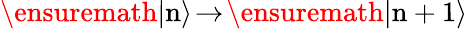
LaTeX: \ensuremath{\left|{\mathrm{n}}\right\rangle}\! \rightarrow\! \ensuremath{\left|{\mathrm{n+1}}\right\rangle}